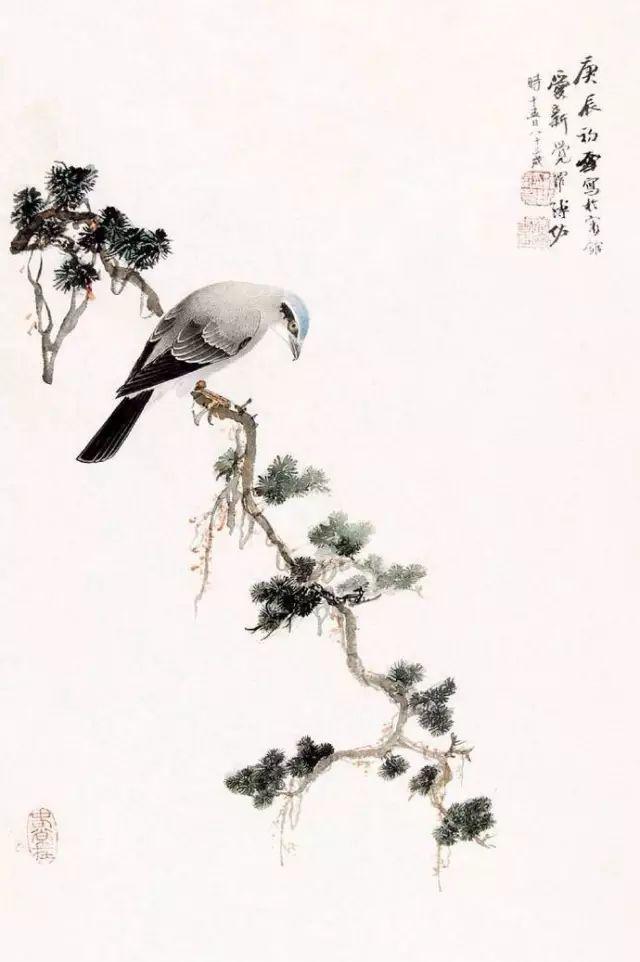
离愁万种，醉乡一夜头白。